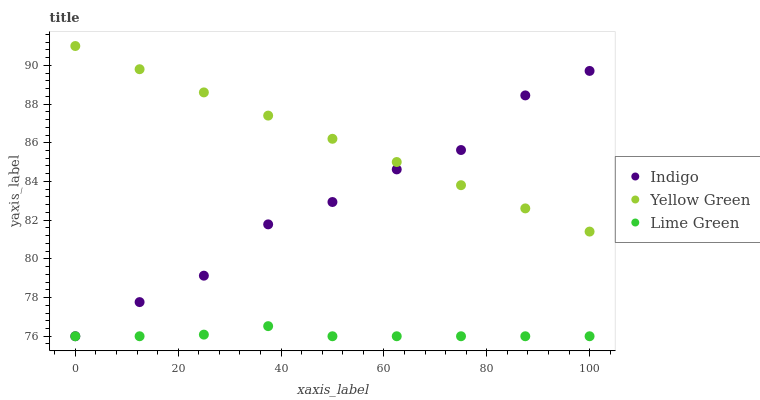
| xaxis_label | Indigo | Yellow Green | Lime Green |
 | --- | --- | --- | --- |
 | 0 | 76 | 91 | 76 |
 | 12.5 | 77.8 | 89.8 | 76 |
 | 25 | 79.1 | 88.6 | 76.1 |
 | 37.5 | 81.8 | 87.4 | 76.5 |
 | 50 | 82.9 | 86.2 | 76 |
 | 62.5 | 84.6 | 85 | 76 |
 | 75 | 85.6 | 83.8 | 76 |
 | 87.5 | 88.4 | 82.6 | 76 |
 | 100 | 89.7 | 81.4 | 76 |